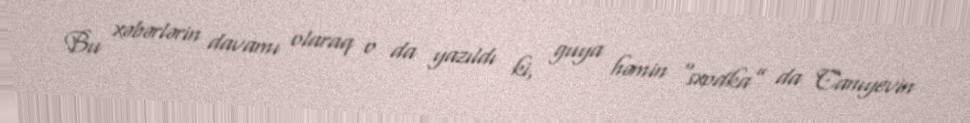
Bu xəbərlərin davamı olaraq o da yazıldı ki, guya həmin “sxodka” da Canıyevin